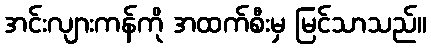
အင်းလျားကန်ကို အထက်စီးမှ မြင်သာသည်။